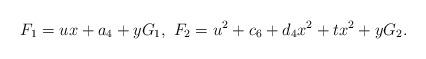
LaTeX: \begin{align*}F_1 = u x + a_4 + y G_1, \ F_2 = u^2 + c_6 + d_4 x^2 + t x^2 + y G_2.\end{align*}